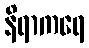
နိရာကရေ